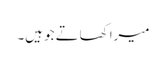
میرا کھاتے جو ہیں۔